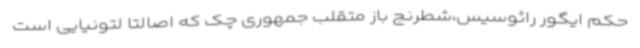
حکم ایگور رائوسیس،شطرنج باز متقلب جمهوری چک که اصالتا لتونیایی است